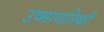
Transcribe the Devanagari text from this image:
उष्‍मागतिकी